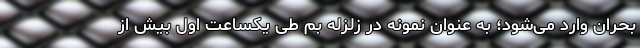
بحران وارد می‌شود؛ به عنوان نمونه در زلزله بم طی یکساعت اول بیش از